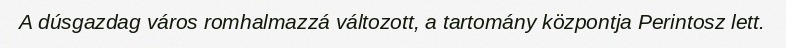
A dúsgazdag város romhalmazzá változott, a tartomány központja Perintosz lett.